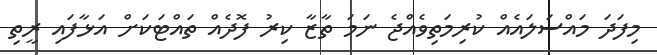
މިފަދަ މައްސަލައެއް ކުރިމަތިވެއްޖެ ނަމަ ތާޒާ ކިރު ފޮދެއް ތައްޓަކަށް އަޅާފައި ރީތި